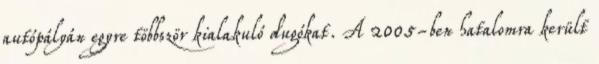
autópályán egyre többször kialakuló dugókat. A 2005-ben hatalomra került